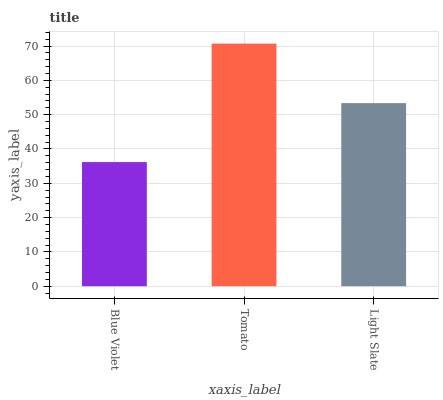
| xaxis_label | bars |
 | --- | --- |
 | Blue Violet | 36.2 |
 | Tomato | 70.7 |
 | Light Slate | 53.4 |